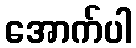
အောက်ပါ